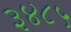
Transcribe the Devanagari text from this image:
३४८५